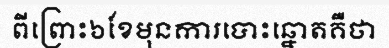
ពីព្រោះ៦ខែមុនការបោះឆ្នោតគឺថា